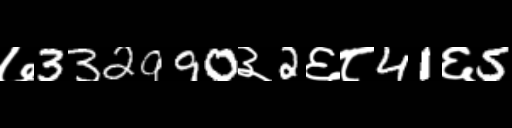
Text: ७332990३2६८41६5